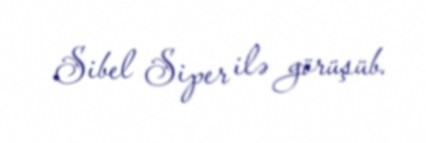
Sibel Siper ilə görüşüb.